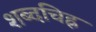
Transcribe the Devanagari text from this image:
शब्दचिह्न